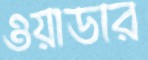
ওয়াডার